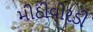
મીઠીવીરડી